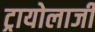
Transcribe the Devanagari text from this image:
ट्रायोलाजी